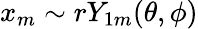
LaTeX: x_{m}\sim rY_{1m}(\theta,\phi)